Punjab Mental Hospital Lahore 1922-31 - 1922-1931
Year: 1922
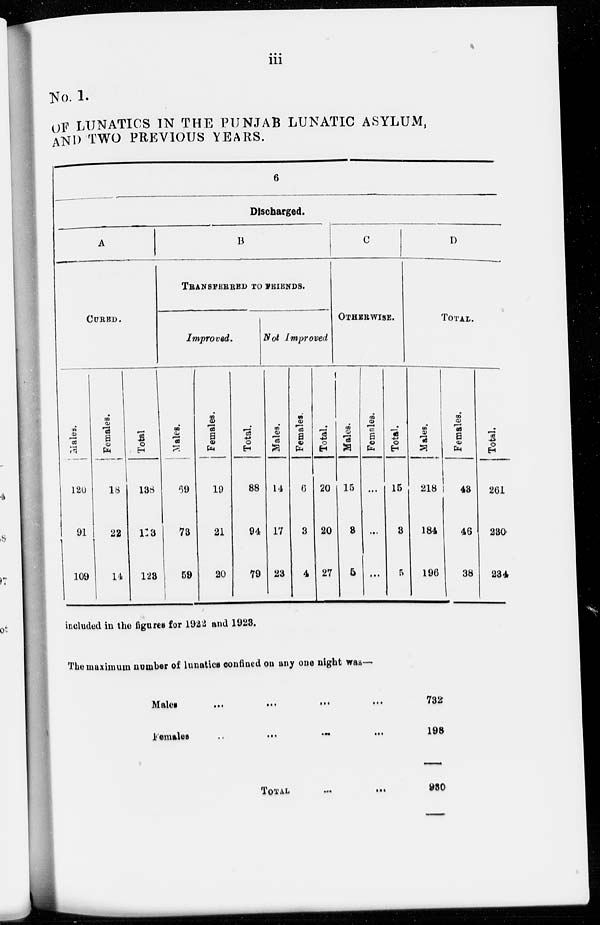
iii
No. 1.
OF LUNATICS IN THE PUNJAB LUNATIC ASYLUM,
AND TWO PREVIOUS YEARS.
6
Discharged.
A
CURED.
Males.
120
91
109
Females.
18
22
14
Total.
138
113
123
B
TRANSFERRED TO FRIENDS.
Improved.
Males.
69
73
59
Females.
19
21
20
Total.
88
94
79
Not Improved
Males.
14
17
23
Females.
6
3
4
Total.
20
20
27
C
OTHERWISE.
Males.
15
3
5
Females.
...
...
...
Total.
15
3
5
D
TOTAL.
Males.
218
184
196
Females.
43
46
38
Total.
261
230
234
included in the figures for 1922 and 1923.
The maximum number of lunatics confined on any one night was—
Males
...
...
...
...
Females
...
...
...
...
TOTAL
...
...
732
198
930